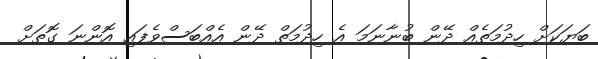
ބަޔަކަށް ހިދުމަތެއް ދޭން ބުނާނަމަ އެ ހިދުމަތް ދޭން އެއްބަސްވެފައި އޮންނަ ގޮތަށް